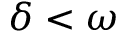
\delta < \omega